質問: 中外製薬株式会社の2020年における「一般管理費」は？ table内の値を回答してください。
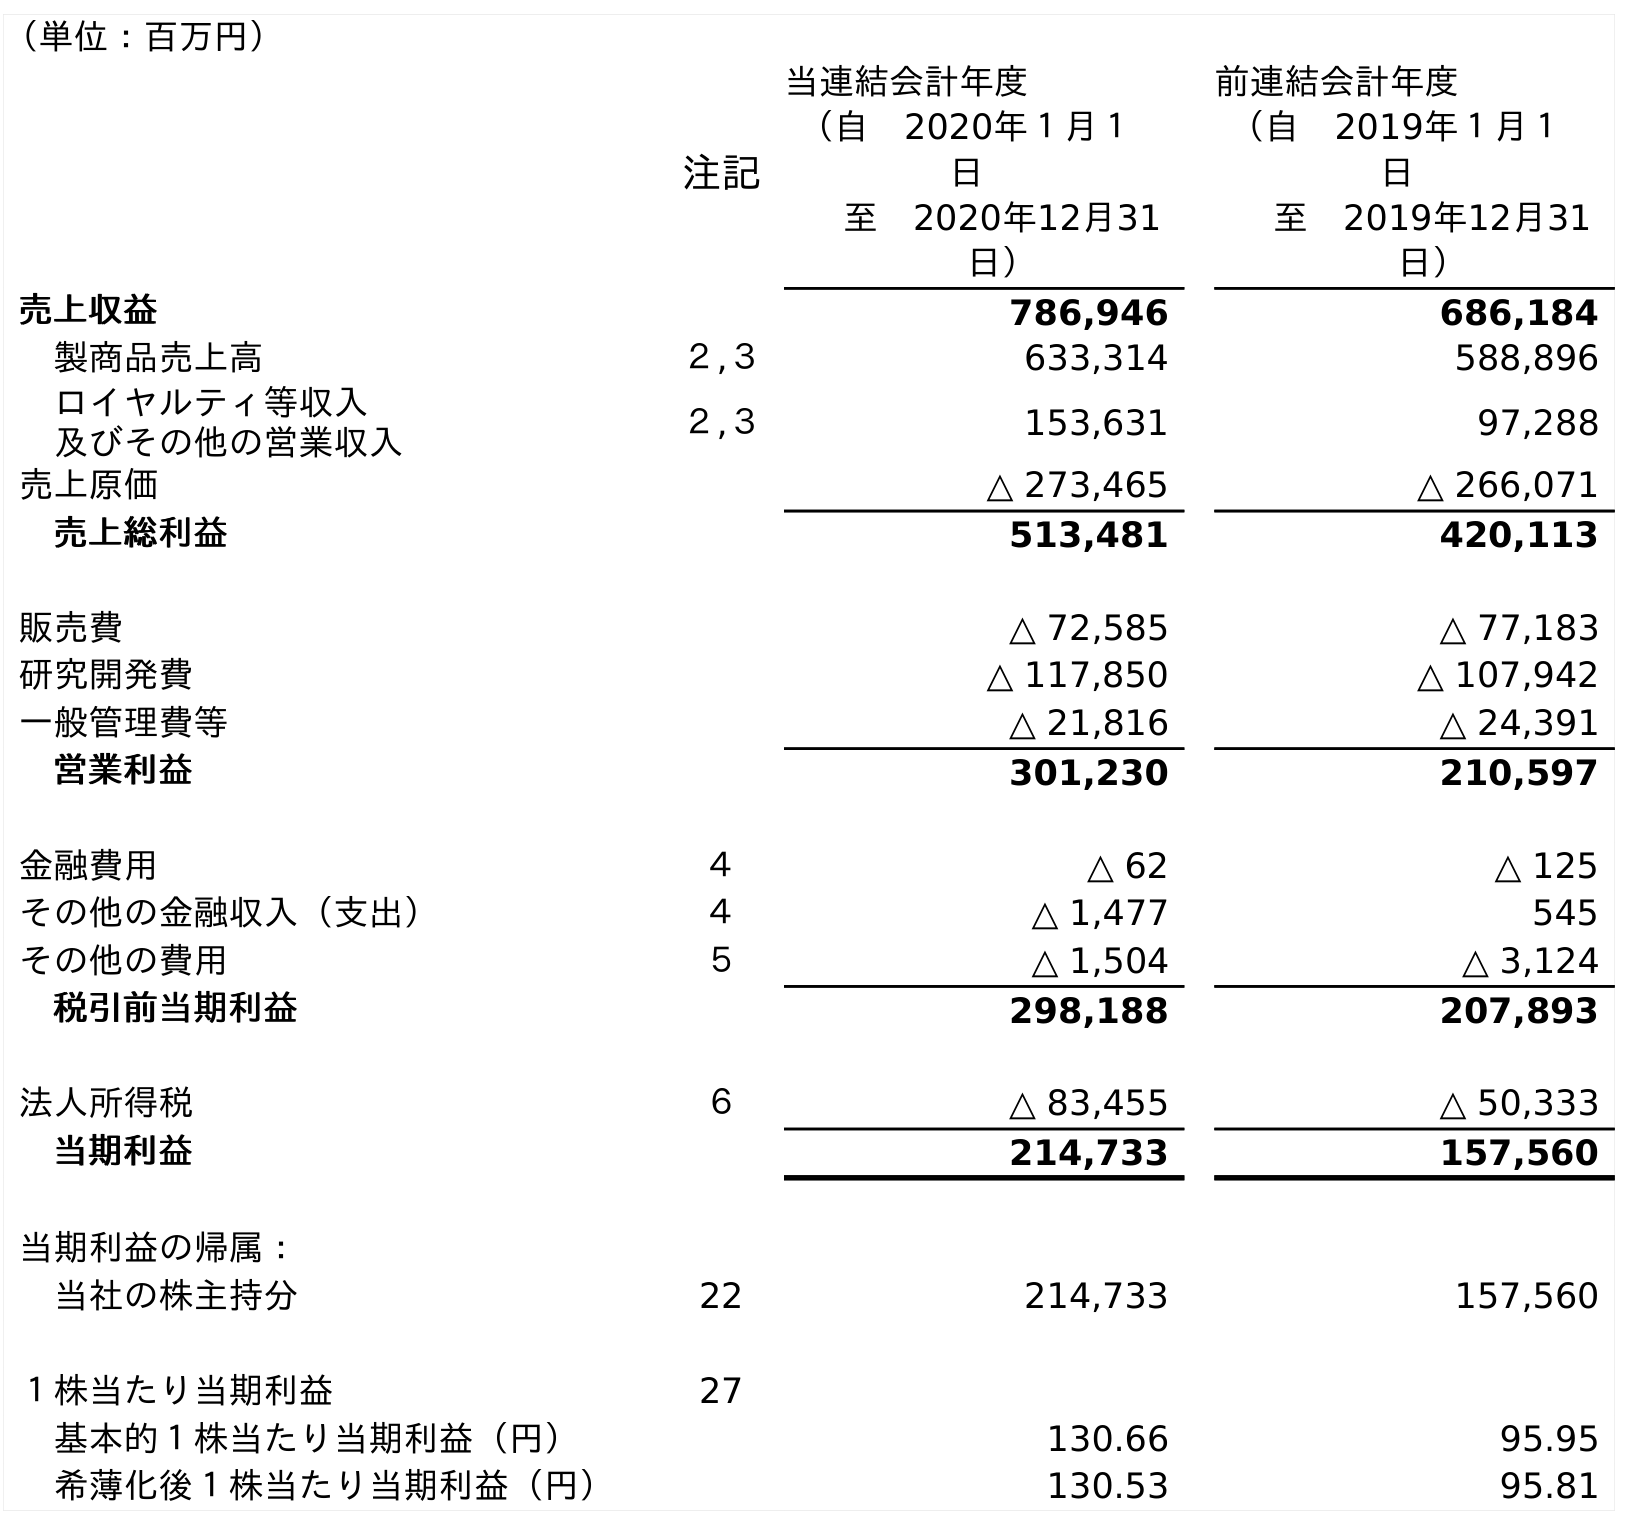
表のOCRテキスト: （単位：百万円） 注記 当連結会計年度 （自 2020年１月１ 日 至 2020年12月31 日） 前連結会計年度 （自 2019年１月１ 日 至 2019年12月31 日） 売上収益 786,946 686,184 製商品売上高 ２,３ 633,314 588,896 ロイヤルティ等収入 及びその他の営業収入 ２,３ 153,631 97,288 売上原価 △ 273,465 △ 266,071 売上総利益 513,481 420,113 販売費 △ 72,585 △ 77,183 研究開発費 △ 117,850 △ 107,942 一般管理費等 △ 21,816 △ 24,391 営業利益 301,230 210,597 金融費用 ４ △ 62 △ 125 その他の金融収入（支出） ４ △ 1,477 545 その他の費用 ５ △ 1,504 △ 3,124 税引前当期利益 298,188 207,893 法人所得税 ６ △ 83,455 △ 50,333 当期利益 214,733 157,560 当期利益の帰属： 当社の株主持分 22 214,733 157,560 １株当たり当期利益 27 基本的１株当たり当期利益（円） 130.66 95.95 希薄化後１株当たり当期利益（円） 130.53 95.81
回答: △21,816